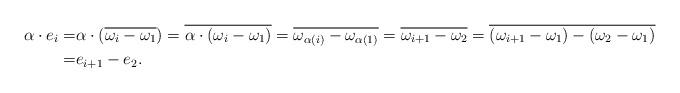
LaTeX: \begin{align*}\alpha \cdot e_i=&\alpha\cdot (\overline{\omega_i-\omega_1})=\overline{\alpha\cdot (\omega_i-\omega_1)}=\overline{\omega_{\alpha(i)}-\omega_{\alpha(1)}}=\overline{\omega_{i+1}-\omega_2}=\overline{(\omega_{i+1}-\omega_1)-(\omega_2-\omega_1)}\\=& e_{i+1}-e_2.\end{align*}